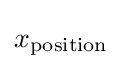
x_{\mathrm {position} }